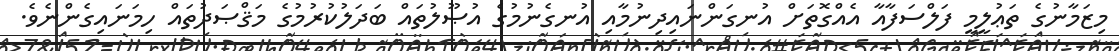
މިޒަމާނުގެ ތަޢުލީމީ ފަލްސަފާއާ އެއްގޮތަށް އުނގަންނައިދިނުމާއި އުނގެނުމުގެ އުޞޫލުތައް ބަދަލުކުރުމުގެ މަޤްޞަދުތައް ހިމަނައިގެންނެވެ.